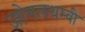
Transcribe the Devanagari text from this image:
जोगलथम्बी